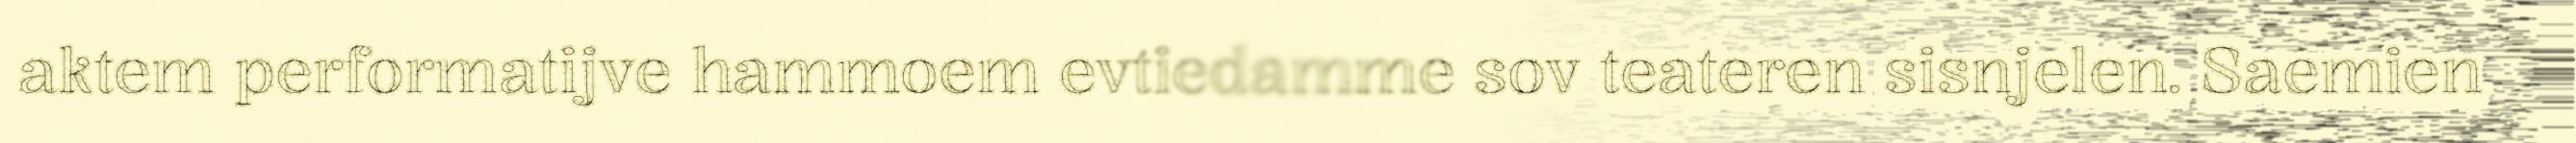
aktem performatijve hammoem evtiedamme sov teateren sisnjelen. Saemien